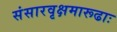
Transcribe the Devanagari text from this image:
संसारवृक्षमारूढाः